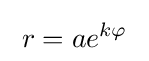
\;r=ae^{k\varphi }\;